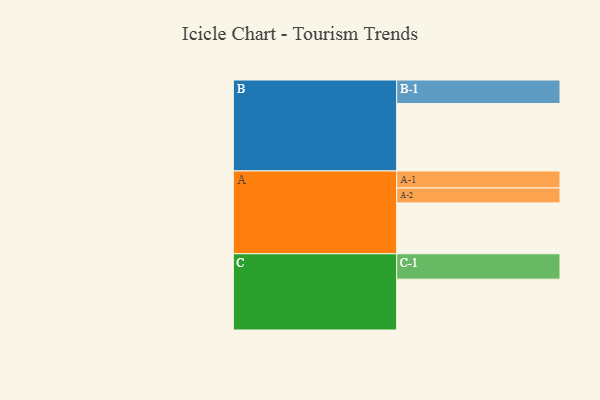
{"axis": {"x": "Segment", "y": "Value"}, "legend": ["", "A", "B", "C"], "data": [{"x": "A", "y": 387, "type": ""}, {"x": "B", "y": 513, "type": ""}, {"x": "C", "y": 387, "type": ""}, {"x": "A-1", "y": 129, "type": "A"}, {"x": "A-2", "y": 114, "type": "A"}, {"x": "B-1", "y": 179, "type": "B"}, {"x": "C-1", "y": 193, "type": "C"}]}